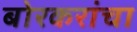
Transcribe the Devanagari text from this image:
बोरकरांचा